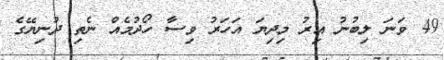
49 ވަނަ ލިބުނު އިރު މިދިޔަ އަހަރު ވިސާ ހޯދުމެއް ނެތި ދުނިޔޭގެ